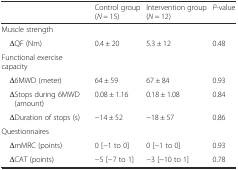
<table><thead><tr><td></td><td><b>Control group (<i>N</i> = 15)</b></td><td><b>Intervention group (<i>N</i> = 12)</b></td><td><b><i>P</i>-value</b></td></tr></thead><tbody><tr><td>Muscle strength</td><td colspan="3"></td></tr><tr><td> ΔQF (Nm)</td><td>0.4 ± 20</td><td>5.3 ± 12</td><td>0.48</td></tr><tr><td>Functional exercise capacity</td><td colspan="3"></td></tr><tr><td> Δ6MWD (meter)</td><td>64 ± 59</td><td>67 ± 84</td><td>0.93</td></tr><tr><td> ΔStops during 6MWD (amount)</td><td>0.08 ± 1.16</td><td>0.18 ± 1.08</td><td>0.84</td></tr><tr><td> ΔDuration of stops (s)</td><td>−14 ± 52</td><td>−18 ± 57</td><td>0.86</td></tr><tr><td>Questionnaires</td><td colspan="3"></td></tr><tr><td> ΔmMRC (points)</td><td>0 [−1 to 0]</td><td>0 [−1 to 0]</td><td>0.93</td></tr><tr><td> ΔCAT (points)</td><td>−5 [−7 to 1]</td><td>−3 [−10 to 1]</td><td>0.78</td></tr></tbody></table>